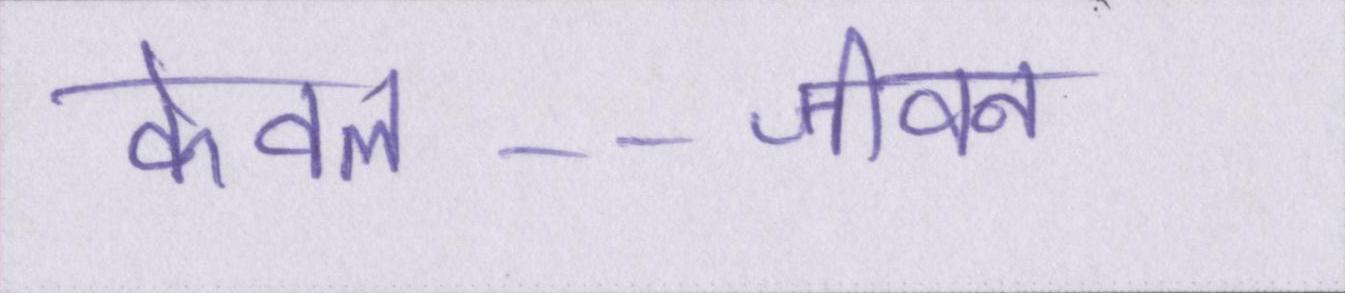
केवल--जीवन